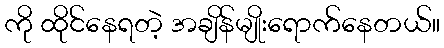
ကို ထိုင်နေရတဲ့ အချိန်မျိုးရောက်နေတယ်။